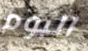
البوم